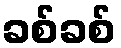
ခစ်ခစ်